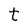
Character: t